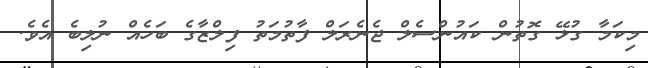
މިކަމާ ގުޅޭ ގޮތުން ކައުންސެލް ޖެނެރަލް ފާތުމަތު ފިލްޒާގެ ބަހެއް ނުލިބެ އެވެ.